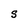
Character: S